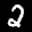
Label: 2